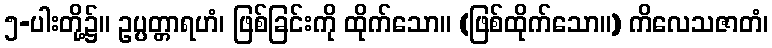
၅-ပါးတို့၌။ ဥပ္ပတ္တာရဟံ၊ ဖြစ်ခြင်းကို ထိုက်သော။ (ဖြစ်ထိုက်သော။) ကိလေသဇာတံ၊